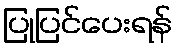
ပြုပြင်ပေးရန်